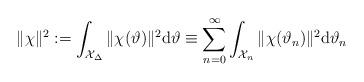
LaTeX: \begin{align*}\|\chi\|^2:=\int_{\mathcal{X}_{\Delta}}\|\chi(\vartheta)\|^2\mathrm{d}\vartheta\equiv \sum_{n=0}^\infty\int _{\mathcal{X}_n}\|\chi(\vartheta_n)\|^2\mathrm{d}\vartheta_n\end{align*}